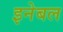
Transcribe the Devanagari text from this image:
इनेबल